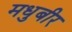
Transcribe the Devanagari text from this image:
मधुबीर